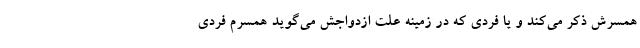
همسرش ذکر می‌کند و یا فردی که در زمینه علت ازدواجش می‌گوید همسرم فردی